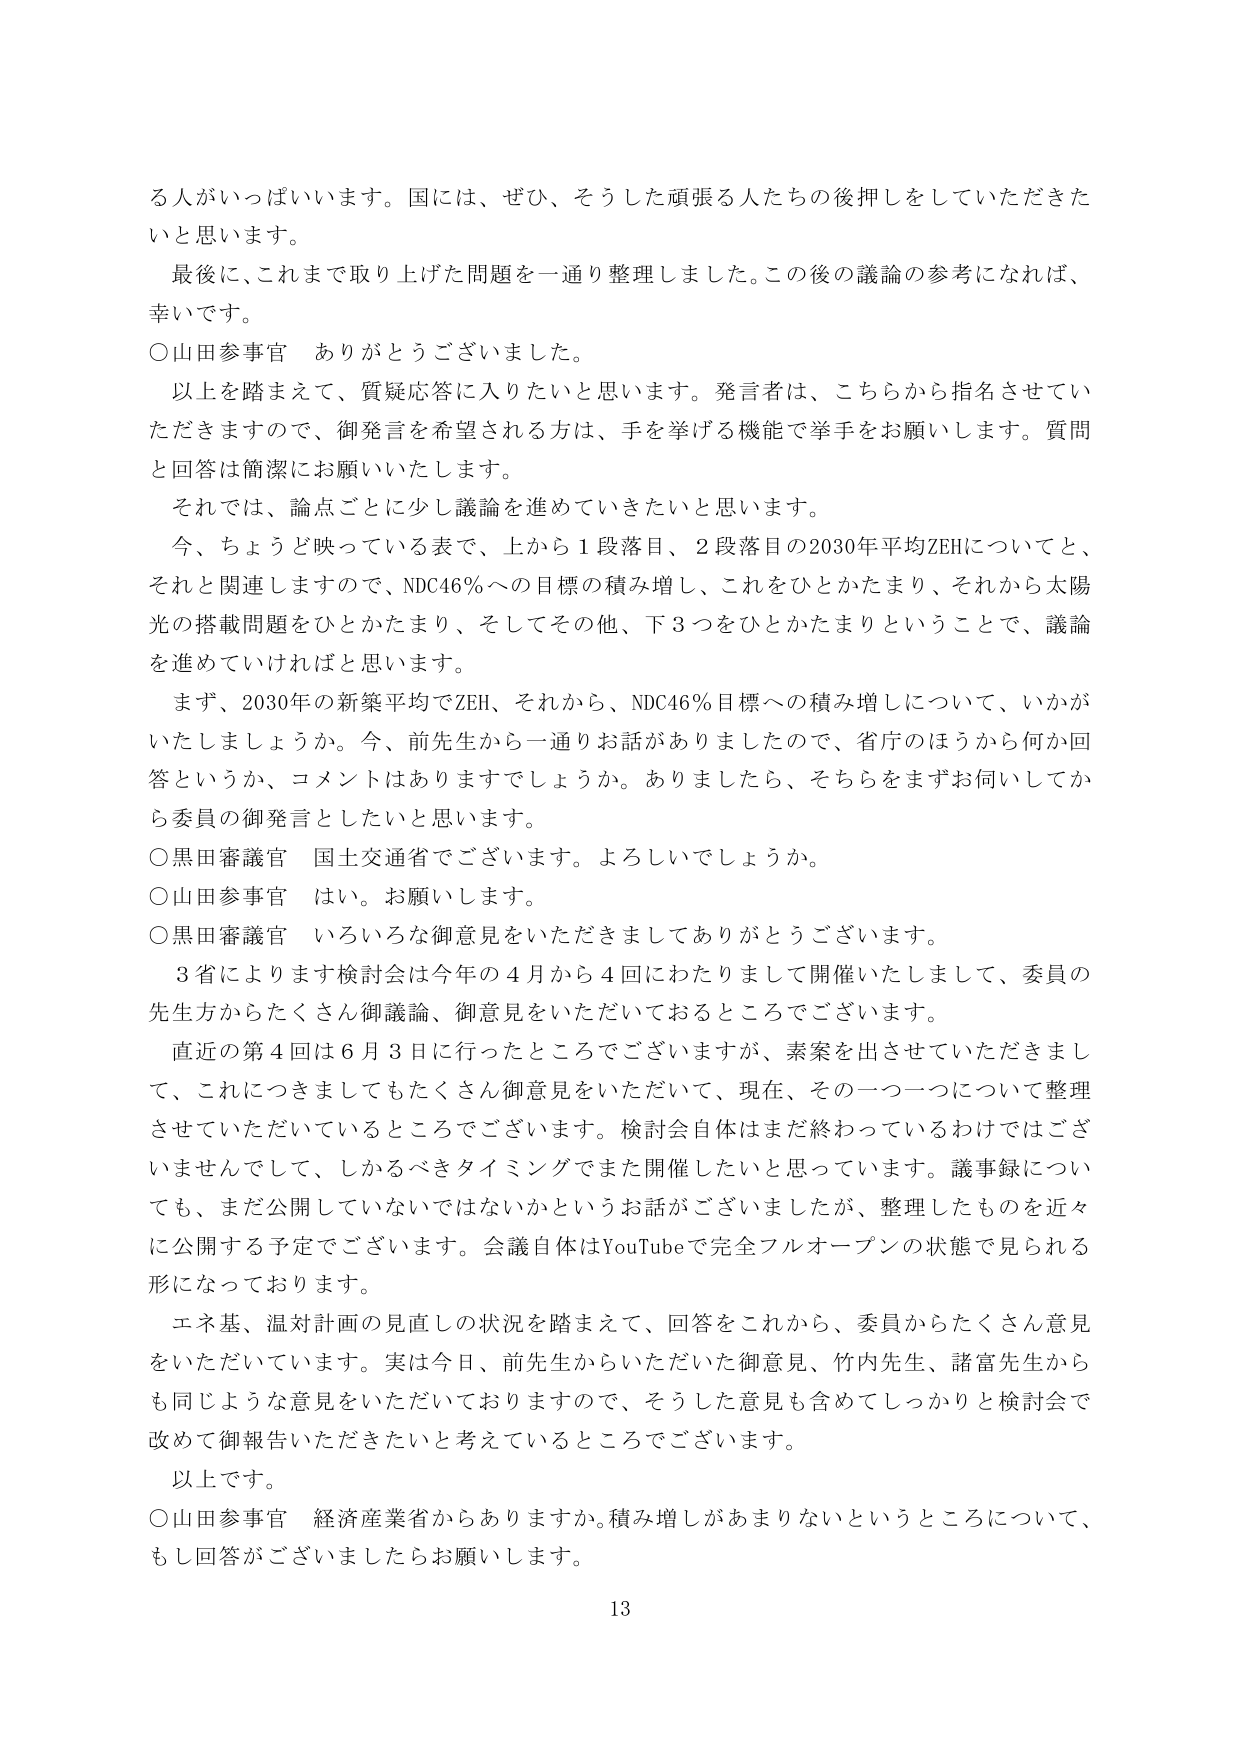
る人がいっぱいいます。国には、ぜひ、そうした頑張る人たちの後押をしていただきた
いと思います。
最後に、これまで取り上げた問題を一通り整理しました。この後の議論の参考になれば、
幸いです。
○山田参事官　ありがとうございました。
以上を踏まえて、質疑応答に入りたいと思います。発言者は、こちらから指名させてい
ただきますので、御発言を希望される方は、手を挙げる機能で挙手をお願いします。質問
と回答は簡潔にお願いいたします。
それでは、論点ごとに少し議論を進めていきたいと思います。
今、ちょうど映っている表で、上から１段落目、２段落目の2030年平均ZEHについてと、
それと関連しますので、NDC46％への目標の積み増し、これをひとかたまり、それから太陽
光の搭載問題をひとかたまり、そしてその他、下３つをひとかたまりということで、議論
を進めていければと思います。
まず、2030年の新築平均でZEH、それから、NDC46％目標への積み増しについて、いかが
いたしましょうか。今、前先生から一通りお話がありましたので、省庁のほうから何か回
答というか、コメントはありますでしょうか。ありましたら、そちらをまずお伺いしてか
ら委員の御発言としたいと思います。
○黒田審議官　国土交通省でございます。よろしいでしょうか。
○山田参事官　はい。お願いします。
○黒田審議官　いろいろな御意見をいただきましてありがとうございます。
３省によります検討会は今年の４月から４回にわたりまして開催いたしまして、委員の
先生方からたくさん御議論、御意見をいただいておるところでございます。
直近の第４回は６月３日に行ったところでございますが、素案を出させていただきまし
て、これにつきましてもたくさん御意見をいただいて、現在、その一つ一つについて整理
させていただいているところでございます。検討会自体はまだ終わっているわけではござ
いませんでして、しかるべきタイミングでまた開催したいと思っています。議事録につい
ても、まだ公開していないではないかというお話がございましたが、整理したものを近々
に公開する予定でございます。会議自体はYouTubeで完全フルオープンの状態で見られる
形になっております。
エネ基、温対計画の見直しの状況を踏まえて、回答をこれから、委員からたくさん意見
をいただいています。実は今日、前先生からいただいた御意見、竹内先生、諸富先生から
も同じような意見をいただいておりますので、そうした意見も含めてしっかりと検討会で
改めて御報告いただきたいと考えているところでございます。
以上です。
○山田参事官　経済産業省からありますか。積み増しがあまりないというところについて、
もし回答がございましたらお願いします。
13